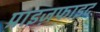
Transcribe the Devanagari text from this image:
प्राइज़फाइट